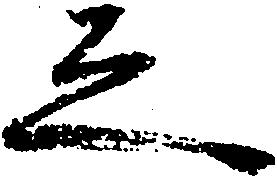
之